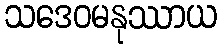
သဒေဝမနုဿာယ